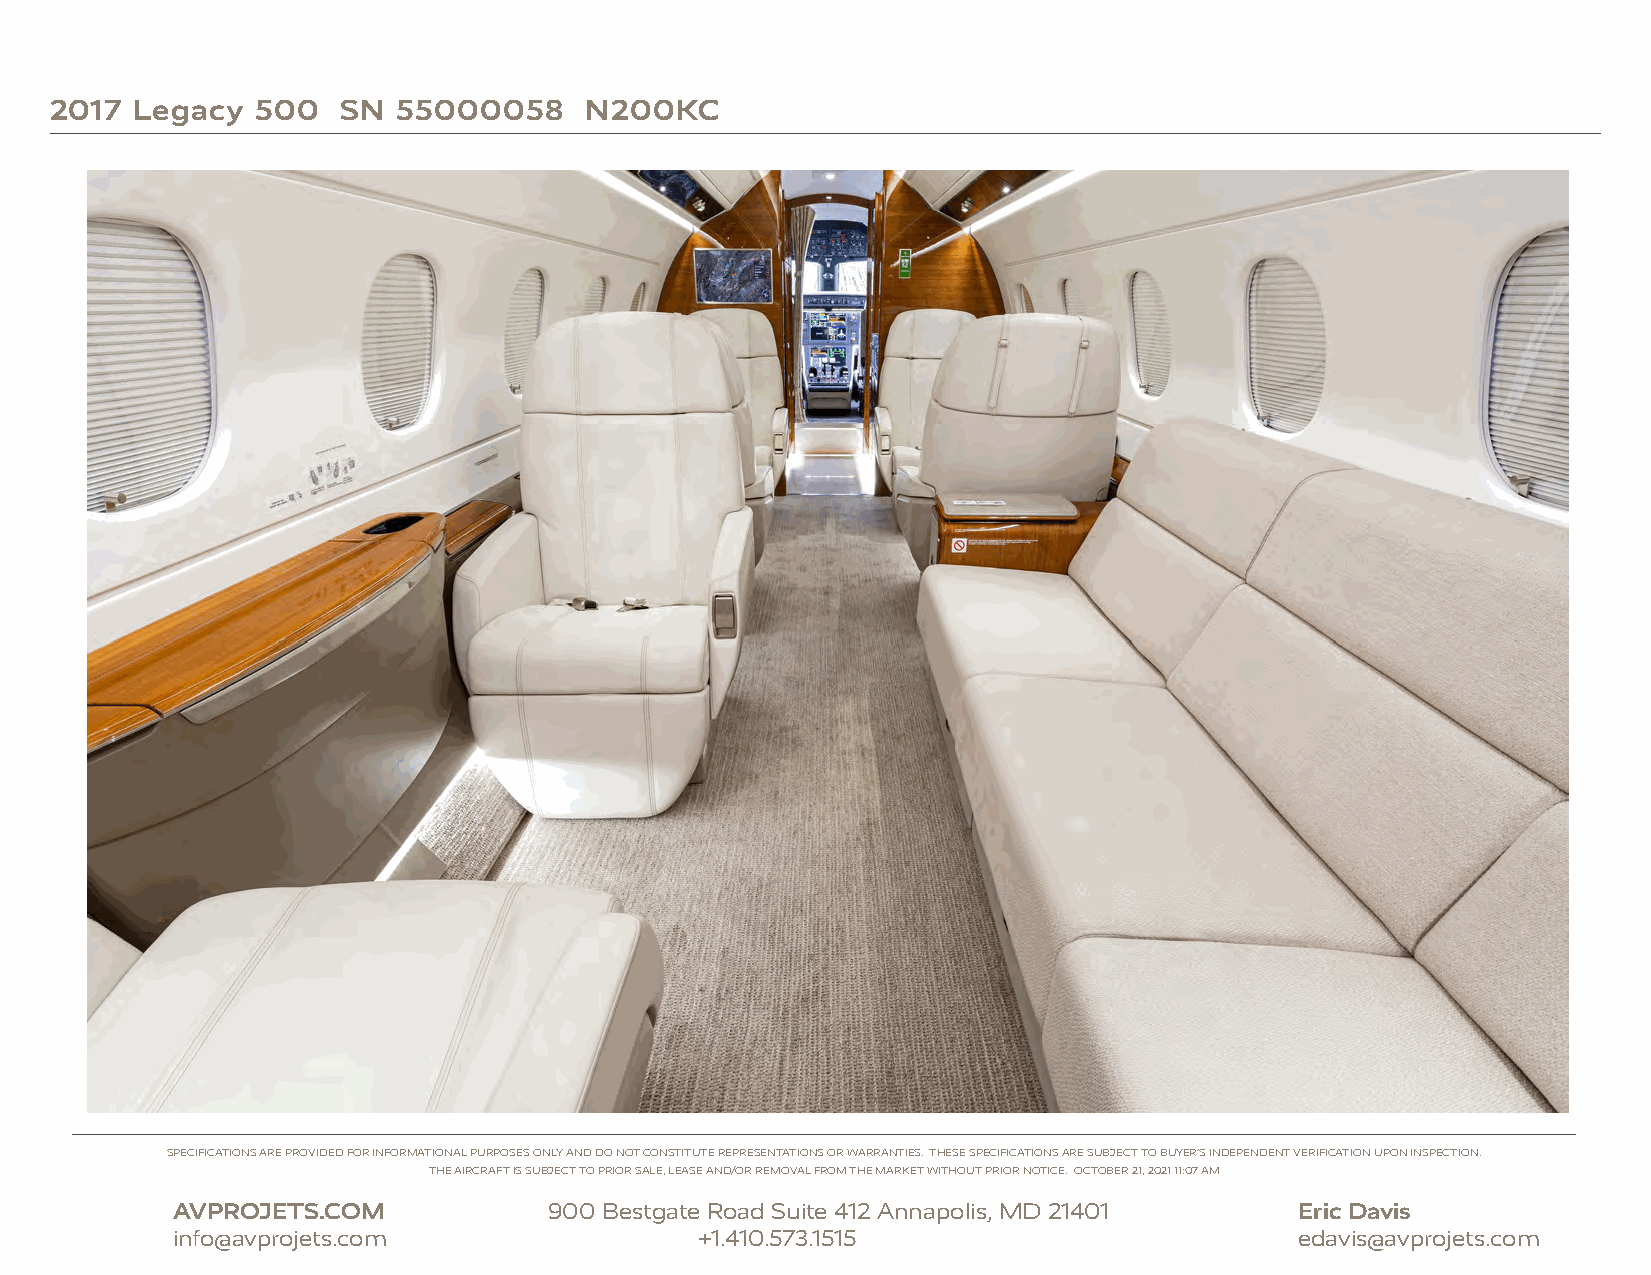
2017  Legacy  500   SN 55000058     N200KC
 SPECIFICATIONS ARE PROVIDED FOR INFORMATIONAL PURPOSES ONLY AND DO NOT CONSTITUTE REPRESENTATIONS OR WARRANTIES. THESE SPECIFICATIONS ARE SUBJECT TO BUYER’S INDEPENDENT VERIFICATION UPON INSPECTION.
 THE AIRCRAFT IS SUBJECT TO PRIOR SALE, LEASE AND/OR REMOVAL FROM THE MARKET WITHOUT PRIOR NOTICE. OCTOBER 21, 2021 11:07 AM
 AVPROJETS.COM            900 Bestgate Road Suite 412 Annapolis, MD 21401   Eric Davis
 info@avprojets.com                 +1.410.573.1515                         edavis@avprojets.com